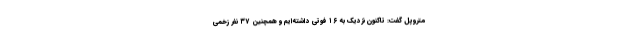
متروپل گفت: تاکنون نزدیک به ۱۶ فوتی داشته‌ایم و همچنین ۳۷ نفر زخمی